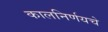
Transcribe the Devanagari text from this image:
कालनिर्णयचे